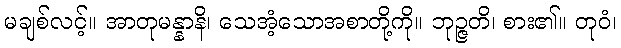
မချစ်လင့်။ အာတုမန္နာနိ၊ သေအံ့သောအစာတို့ကို။ ဘုဉ္ဇတိ၊ စား၏။ တုဝံ၊